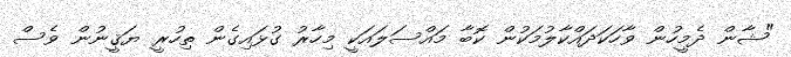
"ޝާން ދެމީހުން ވާހަކަދައްކާލުމަކުން ކޮބާ މައްސަލައަކީ މިހާރު ގުޅައިގެން ތިހުރީ ޔަޤީނުން ވެސް